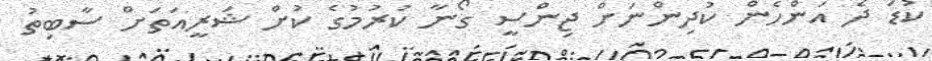
ކުޑަ ދެ އަންހެން ކުދިންނަށް ޖިންސީ ގޯނާ ކުރުމުގެ ކުށް ޝަރީއަތަށް ސާބިތު